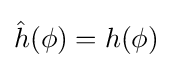
{\hat {h}}(\phi )=h(\phi )